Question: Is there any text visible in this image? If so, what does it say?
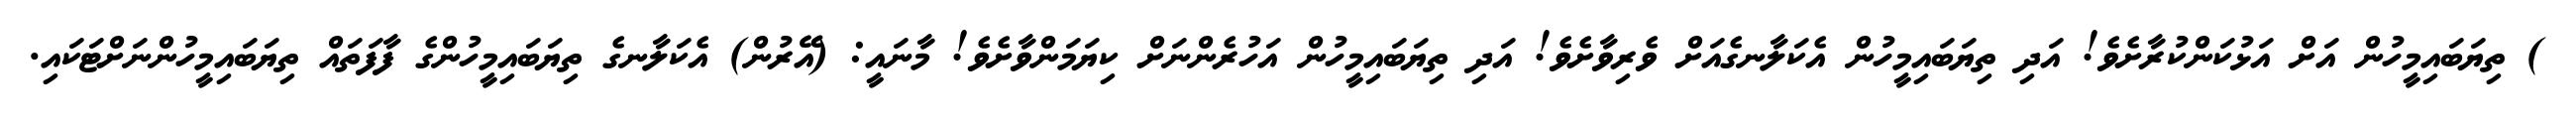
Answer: ) ތިޔަބައިމީހުން އަށް އަޅުކަންކުރާށެވެ! އަދި ތިޔަބައިމީހުން އެކަލާނގެއަށް ވެރިވާށެވެ! އަދި ތިޔަބައިމީހުން އަހުރެންނަށް ކިޔަމަންވާށެވެ! މާނައީ: (އޭރުން) އެކަލާނގެ ތިޔަބައިމީހުންގެ ފާފަތައް ތިޔަބައިމީހުންނަށްޓަކައި.